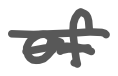
Text: of
Cross-out: double-line
Writing tool: digital_gray